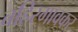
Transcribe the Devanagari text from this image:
बहिरगावकर